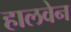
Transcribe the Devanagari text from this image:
हालवेन